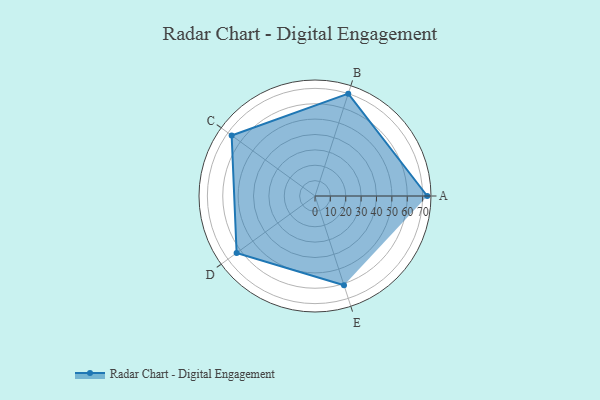
{"axis": {"x": "Skill", "y": "Score"}, "legend": ["Profile"], "data": [{"x": "A", "y": 73.0, "type": "Profile"}, {"x": "B", "y": 70.0, "type": "Profile"}, {"x": "C", "y": 67.0, "type": "Profile"}, {"x": "D", "y": 63.0, "type": "Profile"}, {"x": "E", "y": 61.0, "type": "Profile"}]}